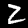
Digit: 2